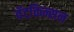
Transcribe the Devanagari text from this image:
वॅटकिन्सन